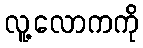
လူ့လောကကို